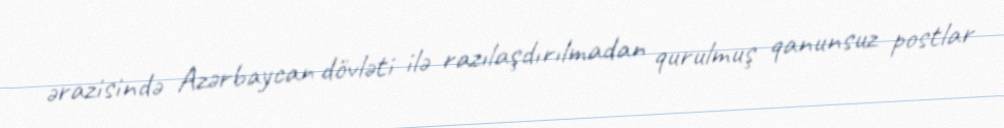
ərazisində Azərbaycan dövləti ilə razılaşdırılmadan qurulmuş qanunsuz postlar